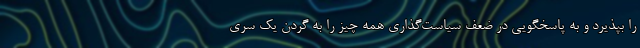
را بپذیرد و به پاسخگویی در ضعف سیاست‌گذاری همه چیز را به گردن یک سری